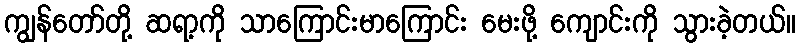
ကျွန်တော်တို့ ဆရာ့ကို သာကြောင်းမာကြောင်း မေးဖို့ ကျောင်းကို သွားခဲ့တယ်။